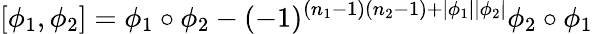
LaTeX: [\phi_{1},\phi_{2}]=\phi_{1}\circ\phi_{2}-(-1)^{(n_{1}-1)(n_{2}-1)+|\phi_{1}||\phi_{2}|}\phi_{2}\circ\phi_{1}